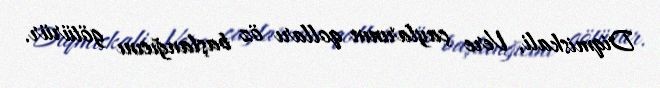
Diqmiskali, Vere çaylarının qolları öz başlanğıcını götürür.